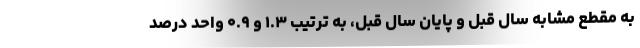
به مقطع مشابه سال قبل و پایان سال قبل، به ترتیب ۱.۳ و ۰.۹ واحد درصد